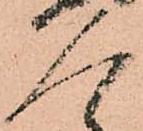
人